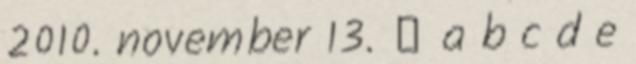
2010. november 13. ↑ a b c d e